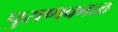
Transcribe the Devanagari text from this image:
पुराणकाळ